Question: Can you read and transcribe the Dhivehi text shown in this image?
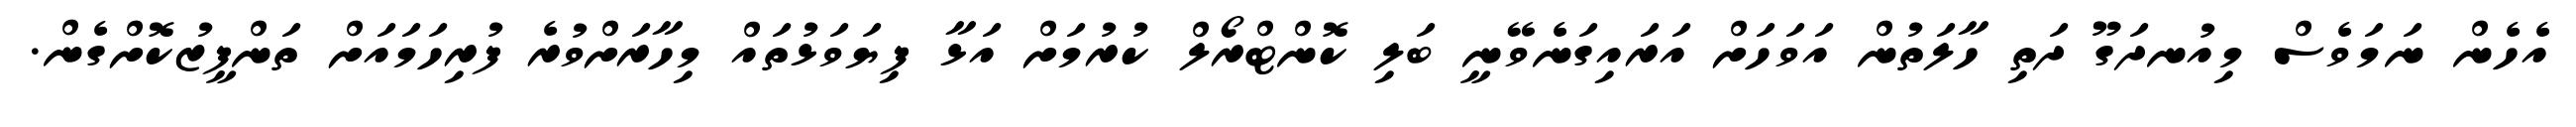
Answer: އެހެން ނަމަވެސް މިއުނދަގޫ ދަތި ހާލަތުން އަވަހަށް އަރައިގަނެވޭނީ ބަލި ކޮންޓްރޯލް ކުރުމަށް އަޅާ ފިޔަވަޅުތައް މިހާރަށްވުރެ ފުރިހަމައަށް ތަންފީޒުކޮށްގެން.